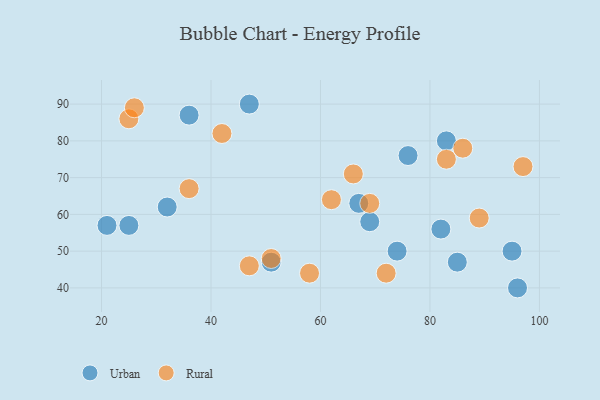
{"axis": {"x": "GDP", "y": "Life Expectancy"}, "legend": ["Rural", "Urban"], "data": [{"x": "95", "y": 50, "type": "Urban"}, {"x": "76", "y": 76, "type": "Urban"}, {"x": "96", "y": 40, "type": "Urban"}, {"x": "85", "y": 47, "type": "Urban"}, {"x": "47", "y": 90, "type": "Urban"}, {"x": "69", "y": 58, "type": "Urban"}, {"x": "83", "y": 80, "type": "Urban"}, {"x": "32", "y": 62, "type": "Urban"}, {"x": "82", "y": 56, "type": "Urban"}, {"x": "74", "y": 50, "type": "Urban"}, {"x": "51", "y": 47, "type": "Urban"}, {"x": "25", "y": 57, "type": "Urban"}, {"x": "67", "y": 63, "type": "Urban"}, {"x": "21", "y": 57, "type": "Urban"}, {"x": "36", "y": 87, "type": "Urban"}, {"x": "58", "y": 44, "type": "Rural"}, {"x": "72", "y": 44, "type": "Rural"}, {"x": "69", "y": 63, "type": "Rural"}, {"x": "86", "y": 78, "type": "Rural"}, {"x": "83", "y": 75, "type": "Rural"}, {"x": "25", "y": 86, "type": "Rural"}, {"x": "51", "y": 48, "type": "Rural"}, {"x": "26", "y": 89, "type": "Rural"}, {"x": "36", "y": 67, "type": "Rural"}, {"x": "42", "y": 82, "type": "Rural"}, {"x": "47", "y": 46, "type": "Rural"}, {"x": "89", "y": 59, "type": "Rural"}, {"x": "97", "y": 73, "type": "Rural"}, {"x": "66", "y": 71, "type": "Rural"}, {"x": "62", "y": 64, "type": "Rural"}]}